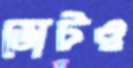
ভোটও